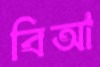
বিআ